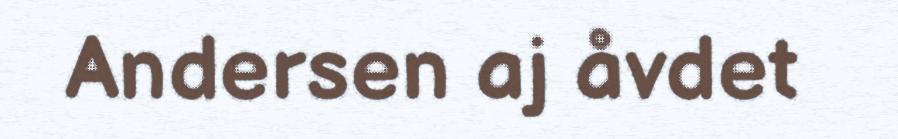
Andersen aj åvdet